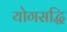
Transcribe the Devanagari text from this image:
योगसद्धि